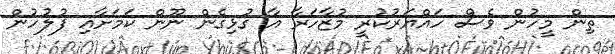
ތިން މީހުން ވެސް ހައްޔަރުކުރީ މުޒާހަރާ އާ ގުޅިގެން ނޫން ކަމަށާއި ފުލުހުން